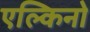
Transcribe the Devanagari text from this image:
एल्किनो